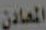
المعادن